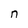
Character: n